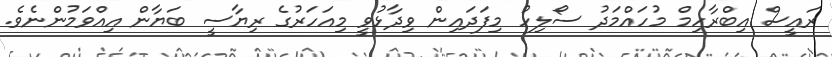
ރައީސް އިބްރާހިމް މުހައްްމަދު ސޯލިހު މިފަދައިން ވިދާޅުވީ މިއަހަރުގެ ރިޔާސީ ބަޔާން އިއްވަމުންނެވެ.